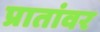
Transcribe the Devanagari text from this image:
प्रातांवर